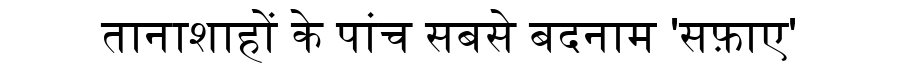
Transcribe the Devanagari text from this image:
तानाशाहों के पांच सबसे बदनाम 'सफ़ाए'